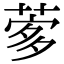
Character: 𦴌